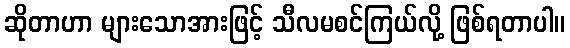
ဆိုတာဟာ များသောအားဖြင့် သီလမစင်ကြယ်လို့ ဖြစ်ရတာပါ။